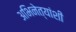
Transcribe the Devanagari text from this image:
अभिनेत्यांशी